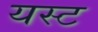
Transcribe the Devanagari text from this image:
यस्ट